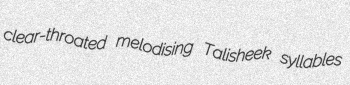
clear-throated melodising Talisheek syllables